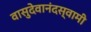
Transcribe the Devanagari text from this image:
वासुदेवानंदस्वामी